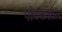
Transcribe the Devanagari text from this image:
पोपकडील